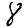
Digit: 8